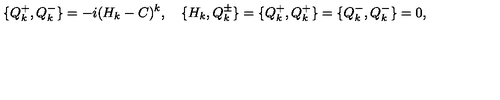
\{ Q _ { k } ^ { + } , Q _ { k } ^ { - } \} = - i ( H _ { k } - C ) ^ { k } , \quad \{ H _ { k } , Q _ { k } ^ { \pm } \} = \{ Q _ { k } ^ { + } , Q _ { k } ^ { + } \} = \{ Q _ { k } ^ { - } , Q _ { k } ^ { - } \} = 0 ,